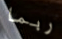
ربما